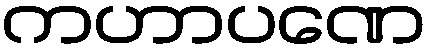
ကဟာပဏေ